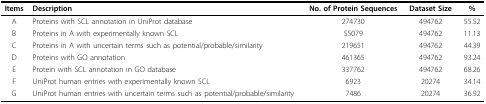
<table><thead><tr><td><b>Items</b></td><td><b>Description</b></td><td><b>No. of Protein Sequences</b></td><td><b>Dataset Size</b></td><td><b>%</b></td></tr></thead><tbody><tr><td>A</td><td>Proteins with SCL annotation in UniProt database</td><td>274730</td><td>494762</td><td>55.52</td></tr><tr><td>B</td><td>Proteins in A with experimentally known SCL</td><td>55079</td><td>494762</td><td>11.13</td></tr><tr><td>C</td><td>Proteins in A with uncertain terms such as potential/probable/similarity</td><td>219651</td><td>494762</td><td>44.39</td></tr><tr><td>D</td><td>Proteins with GO annotation</td><td>461365</td><td>494762</td><td>93.24</td></tr><tr><td>E</td><td>Protein with SCL annotation in GO database</td><td>337762</td><td>494762</td><td>68.26</td></tr><tr><td>F</td><td>UniProt human entries with experimentally known SCL</td><td>6923</td><td>20274</td><td>34.14</td></tr><tr><td>G</td><td>UniProt human entries with uncertain terms such as potential/probable/similarity</td><td>7486</td><td>20274</td><td>36.92</td></tr></tbody></table>